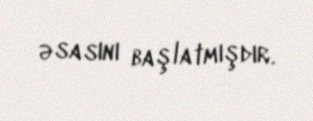
əsasını başlatmışdır.